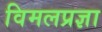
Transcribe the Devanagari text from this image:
विमलप्रज्ञा